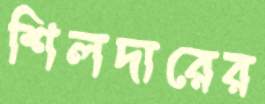
শিলদারের